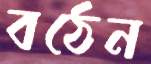
বঠেন